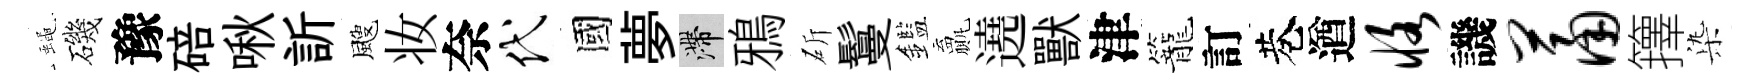
蠅磯豫碚啾訢颼妆奈代國夢滯鴉斫鬘鑑贏遶獸津籠訂巷遒恪譏萧籜𣑱